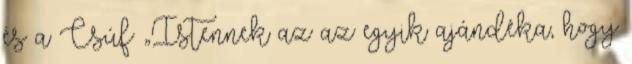
és a Csúf „Istennek az az egyik ajándéka, hogy